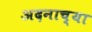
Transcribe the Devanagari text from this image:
अदनाच्या